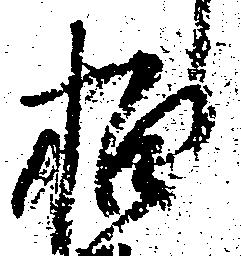
柏